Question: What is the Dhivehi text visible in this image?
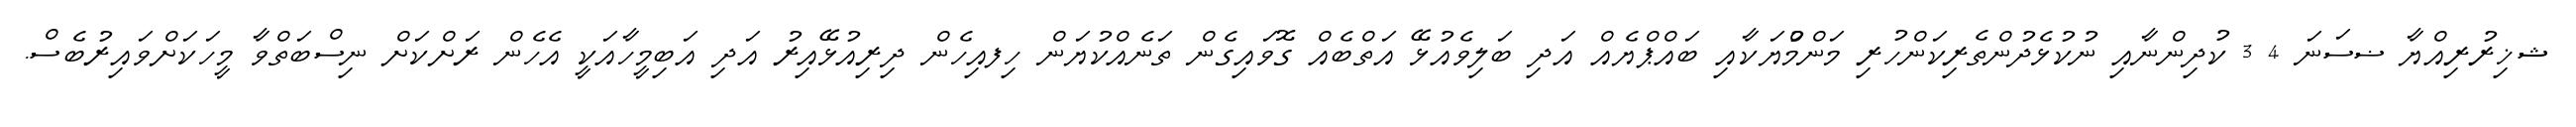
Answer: ޝޚިރުރިއްޔާ ޟސަނަ 4 3 ކުދިންނާއި ނުކުޅެދުންތެރިކަންހުރި މަންމްުޔަކާއި ބައްޕްޔެއް އަދި ބަލިވެއުޅޭ އަތްބެއް ގޮވައިގެން ތަނެއްކުޔަން ހިފއިހެން ދިރިއުޅޭއިރު އަދި އަބިމީހާއަކީ އެހެން ރަށްކަށް ނިސްބަތްވާ މީހަކަށްވައިރުބެސް.